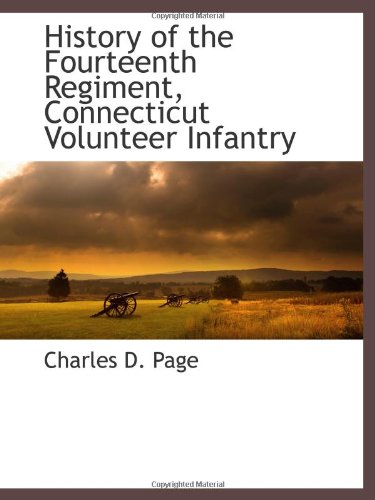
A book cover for History of the Fourteenth Regiment, Connecticut Volunteer Infantry; Charles D. Page; History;